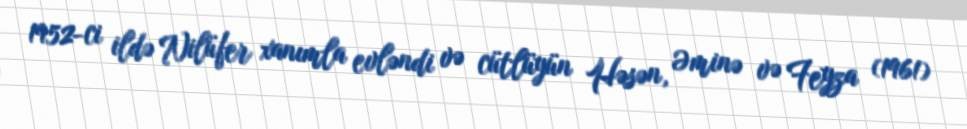
1952-ci ildə Nilüfer xanımla evləndi və cütlüyün Həsən, Əminə və Feyza (1961)